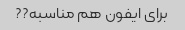
برای ایفون هم مناسبه??